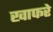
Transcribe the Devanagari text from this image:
खाफरे